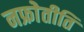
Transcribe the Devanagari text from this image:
नफ्रोेतीति